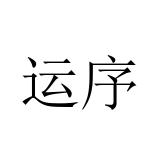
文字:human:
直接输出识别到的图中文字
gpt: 运序